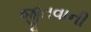
જીતવાની